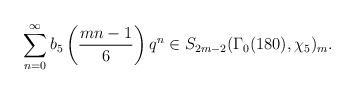
LaTeX: \begin{align*} \sum_{n=0}^\infty b_5\left( \frac{mn-1}{6} \right)q^n\in S_{2m-2}(\Gamma_0(180),\chi_{5})_m.\end{align*}